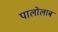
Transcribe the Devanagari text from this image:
पालोलाब